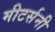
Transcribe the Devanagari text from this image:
मीटर्सनी